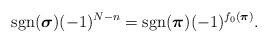
LaTeX: \begin{align*} \mathop{\mathrm{sgn}}(\boldsymbol{\sigma})(-1)^{N-n}=\mathop{\mathrm{sgn}}(\boldsymbol{\pi})(-1)^{f_0(\boldsymbol{\pi})} . \end{align*}